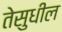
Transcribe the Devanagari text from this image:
तेसुधील